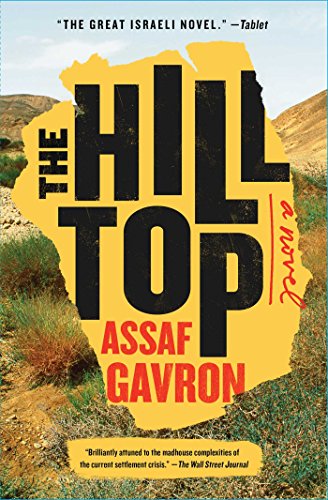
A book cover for The Hilltop: A Novel; Assaf Gavron; Literature & Fiction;